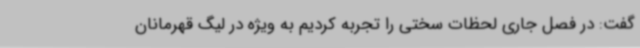
گفت: در فصل جاری لحظات سختی را تجربه کردیم به ویژه در لیگ قهرمانان